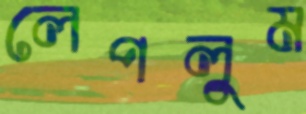
লেপলুম